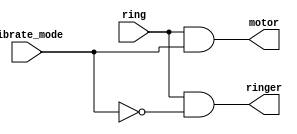
module R_V(
    input ring,
    input vibrate_mode,
    output ringer,       // Make sound
    output motor         // Vibrate
);
    assign ringer = (ring & ~vibrate_mode );
    assign motor =  (ring & vibrate_mode ) ;
     

endmodule